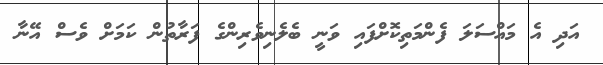
އަދި އެ މައްސަލަ ފެންމަތިކޮށްފައި ވަނީ ބެލެނިވެރިންގެ ފަރާތުން ކަމަށް ވެސް އޭނާ